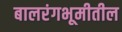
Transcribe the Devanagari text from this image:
बालरंगभूमीतील